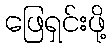
ဖြေရှင်းဖို့